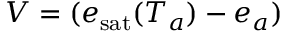
V = ( e _ { \mathrm { s a t } } ( T _ { a } ) - e _ { a } )